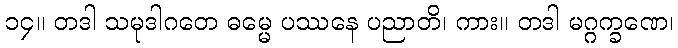
၁၄။ တဒါ သမုဒါဂတေ ဓမ္မေ ပဿနေ ပညာတိ၊ ကား။ တဒါ မဂ္ဂက္ခဏေ၊